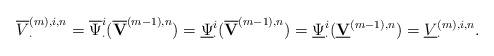
LaTeX: \begin{align*} \overline{V}_\cdot^{(m),i,n}=\overline{\Psi}_\cdot^{i}(\overline{\textbf{V}}^{(m-1),n})=\underline{\Psi}_\cdot^{i}(\overline{\textbf{V}}^{(m-1),n})=\underline{\Psi}_\cdot^{i}(\underline{\textbf{V}}^{(m-1),n})=\underline{V}_\cdot^{(m),i,n}. \end{align*}